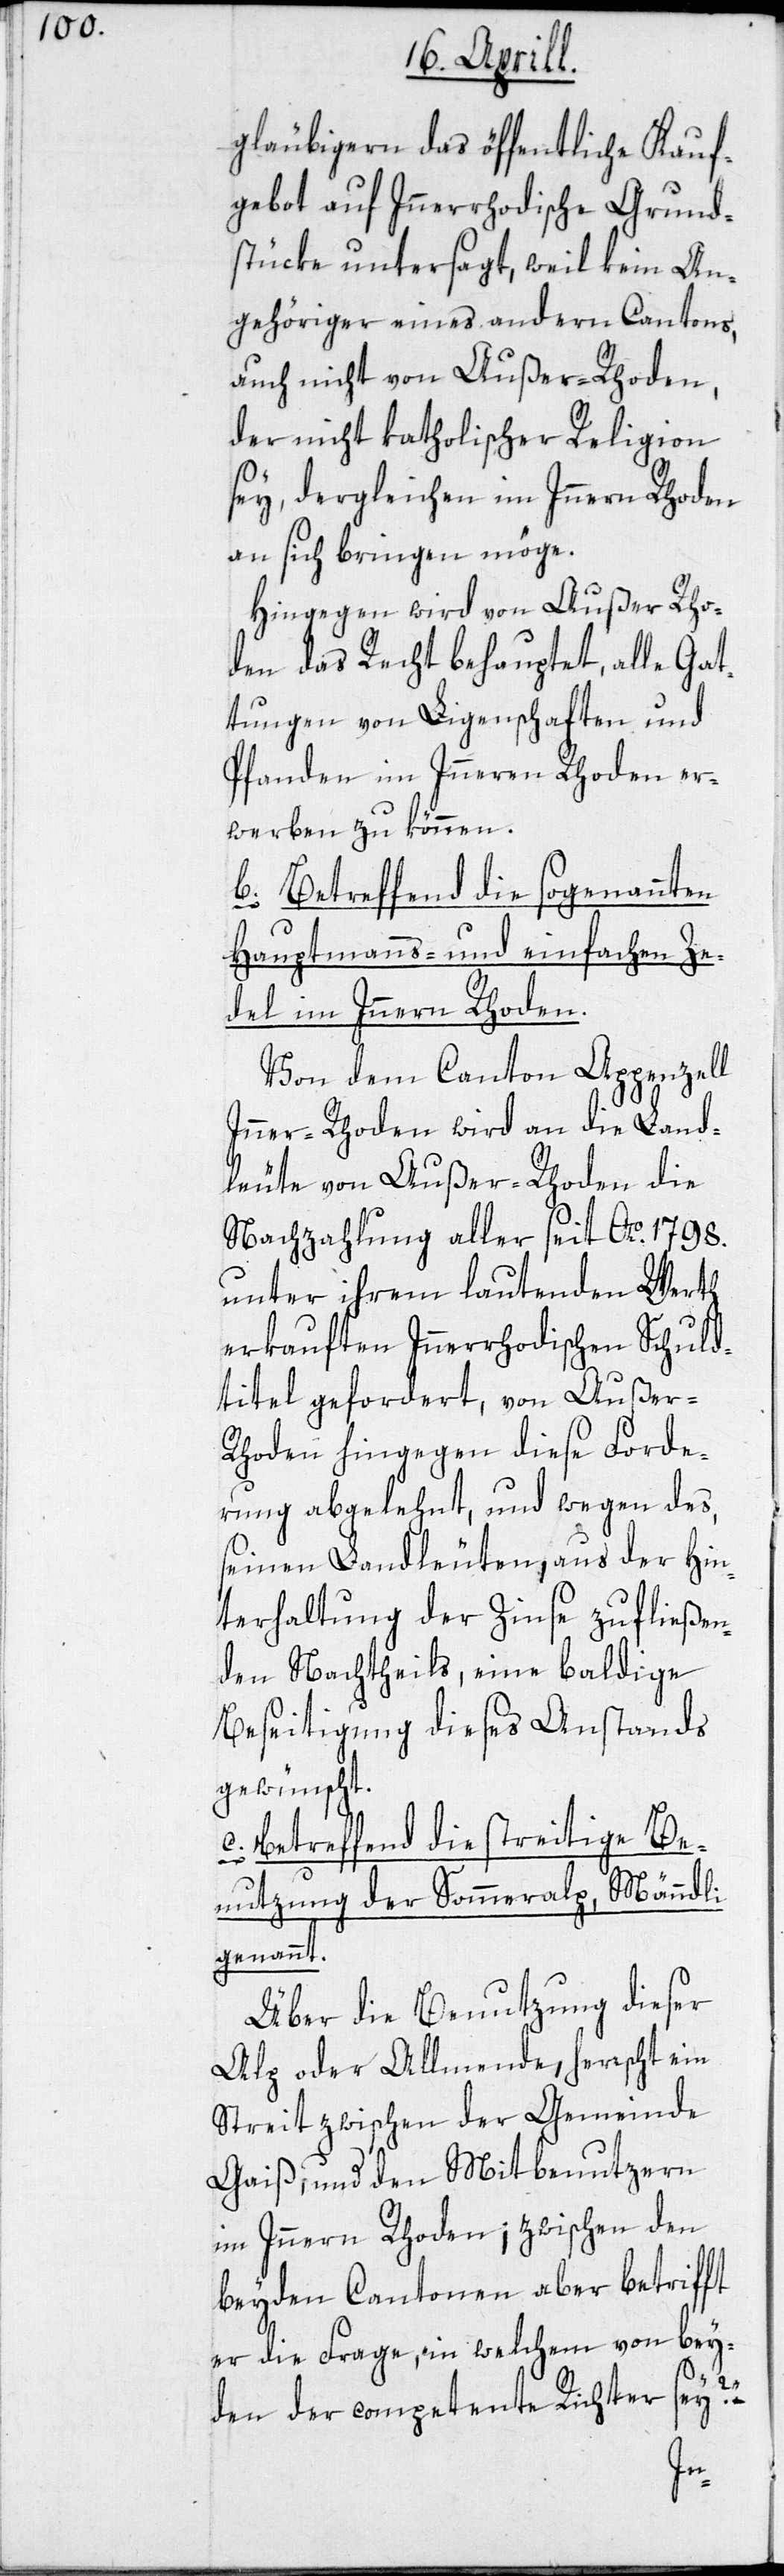
gläubigern das öffentliche Kauf¬
gebot auf Innerrhodische Grund¬
stücke untersagt, weil kein An¬
gehöriger eines andern Cantons,
auch nicht von Außer-Rhoden,
der nicht katholischer Religion
sey, dergleichen im Innern Rhoden
an sich bringen möge.
Hingegen wird von Außer Rho¬
den das Recht behauptet, alle Gat¬
tungen von Liegenschaften und
Pfanden im Inneren Rhoden er¬
werben zu können.
b) Betreffend die sogenannten
Hauptmanns- und einfachen Ze¬
del im Innern Rhoden.
Von dem Canton Appenzell
Inner-Rhoden wird an die Land¬
leute von Außer-Rhoden die
Nachzahlung aller seit Ao. 1798.
unter ihrem lautenden Werth
erkauften Innerrhodischen Schuld¬
titel gefordert, von Außer-R¬
hoden hingegen diese Forde¬
rung abgelehnt, und wegen des,
seinen Landleuten, aus der Hin¬
terhaltung der Zinse zufließen¬
den Nachtheils, eine baldige
Beseitigung dieses Anstands
gewünscht.
c) Betreffend die streitige Be¬
nutzung der Sommeralp, Mändli
genannt.
Über die Benutzung dieser
Alp oder Allmende, herrscht ein
Streit zwischen der Gemeinde
Gaiß, und den Mitbenutzern
im Innern Rhoden; zwischen den
beyden Cantonen aber betrifft
er die Frage, in welchem von bey¬
den der competente Richter sey? –